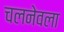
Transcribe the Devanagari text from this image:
चलनेवला